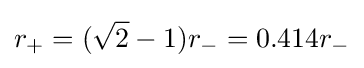
r_{+}=({\sqrt {2}}-1)r_{-}=0.414r_{-}